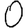
Digit: 0